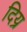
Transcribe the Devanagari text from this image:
दिय्र